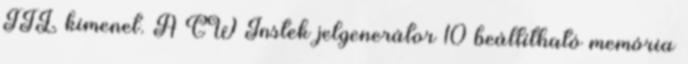
TTL kimenet. A GW Instek jelgenerátor 10 beállítható memória